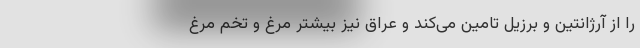
را از آرژانتین و برزیل تامین می‌کند و عراق نیز بیشتر مرغ و تخم مرغ